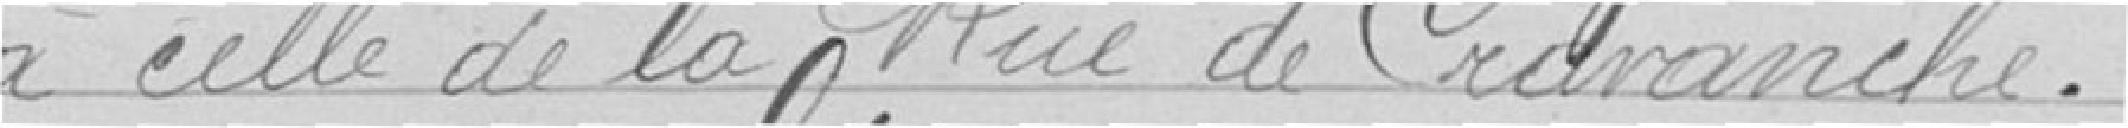
à celle de la rue de Cravanche.